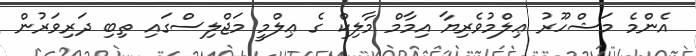
އެންމެ މަޝްހޫރު ޢިލްމުވެރިޔާ އިމާމް މާލިކް ގެ ޢިލްމީ މަޖްލިސްގައި ތިބި ދަރިވަރުން